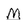
Character: M